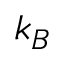
k _ { B }